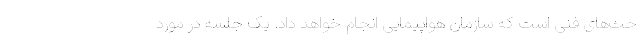
حث‌های فنی است که سازمان هواپیمایی انجام خواهد داد. یک جلسه در مورد